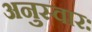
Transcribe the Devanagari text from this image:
अनुस्वारः